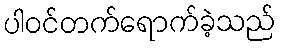
ပါဝင်တက်ရောက်ခဲ့သည်